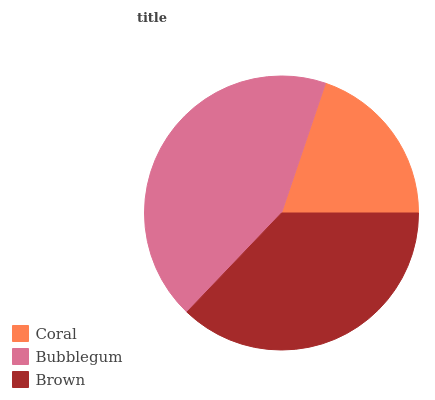
| Coral | Bubblegum | Brown |
 | --- | --- | --- |
 | 19.7% | 43.2% | 37.1% |